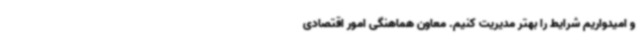
و امیدواریم شرایط را بهتر مدیریت کنیم. معاون هماهنگی امور اقتصادی